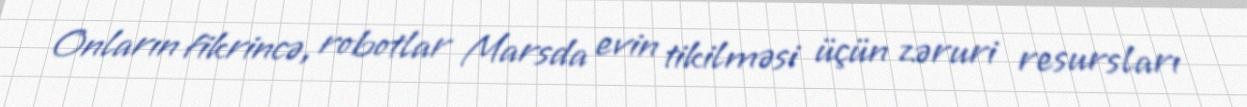
Onların fikrincə, robotlar Marsda evin tikilməsi üçün zəruri resursları